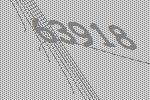
63918